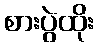
စားပွဲထိုး